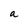
Character: a